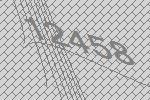
12458